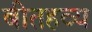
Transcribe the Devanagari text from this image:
बीतहव्य